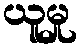
ယူမှု